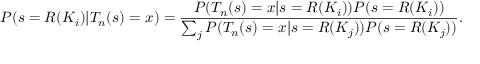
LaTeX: P ( s = R ( K _ { i } ) | T _ { n } ( s ) = x ) = { \frac { P ( T _ { n } ( s ) = x | s = R ( K _ { i } ) ) P ( s = R ( K _ { i } ) ) } { \sum _ { j } P ( T _ { n } ( s ) = x | s = R ( K _ { j } ) ) P ( s = R ( K _ { j } ) ) } } .